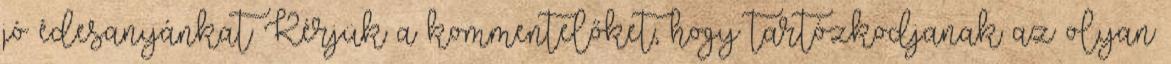
jó édesanyánkat Kérjük a kommentelőket, hogy tartózkodjanak az olyan